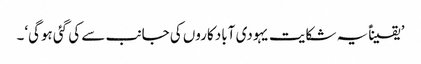
’یقیناًً یہ شکایت یہودی آباد کاروں کی جانب سے کی گئی ہوگی‘۔